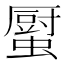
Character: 𧒉